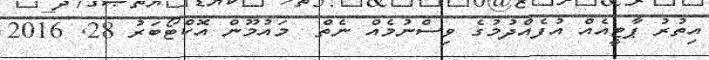
އިތުރު ޕާޓީއެއް އުފެއްދުމުގެ ވިސްނުމެއް ނެތް  މައުމޫން އޮކްޓޯބަރު 28